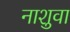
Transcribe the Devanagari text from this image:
नाशुवा